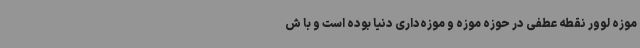
موزه لوور نقطه عطفی در حوزه موزه و موزه‌داری دنیا بوده است و با ش